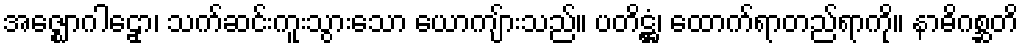
အဇ္ဈောဂါဠှော၊ သက်ဆင်းကူးသွားသော ယောကျ်ားသည်။ ပတိဋ္ဌံ၊ ထောက်ရာတည်ရာကို။ နာဓိဂစ္ဆတိ